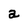
Character: a